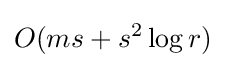
O(ms+s^{2}\log r)